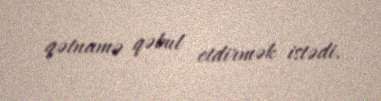
qətnamə qəbul etdirmək istədi.